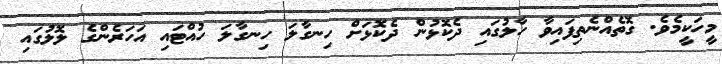
މީހަކީމެވެ. ގޮތެއްނެތިފައިވާ ހާލުގައި ދެކޮޅުން ދެކޮޅަށް ހިނގާލަ ހިނގާލަ ހުއްޓައި އަހަރެންގެ ލޮލުގައި